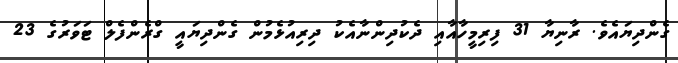
ގެންދިޔައެވެ. ރާނިޔާ 31 ފިރިމީހާއާއި ދެކުދިންނާއެކު ދިރިއުޅެމުން ގެންދިޔައީ ގްރެންފެލް ޓަވަރުގެ 23